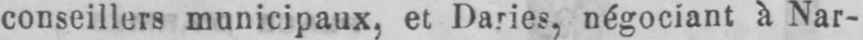
conseillers municipaux, et Daries, négociant à Nar-